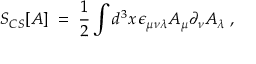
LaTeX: S _ { C S } [ A ] \; = \; \frac { 1 } { 2 } \int d ^ { 3 } x \, \epsilon _ { \mu \nu \lambda } A _ { \mu } \partial _ { \nu } A _ { \lambda } \; ,